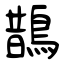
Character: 鵲